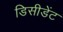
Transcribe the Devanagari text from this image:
डिसीडेंट